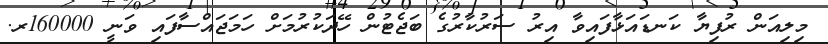
މިލިއަން ރުފިޔާ ކަނޑައަޅާފައިވާ އިރު ސަރުކާރުގެ ބަޖެޓުން ހޭދަކުރުމަށް ހަމަޖައްސާފައި ވަނީ 160000ރ.